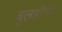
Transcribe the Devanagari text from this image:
बुलडॉग्स